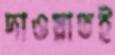
দাওয়াতই